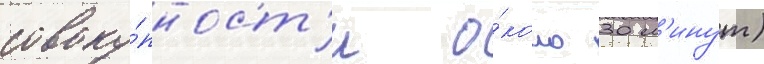
совоку́пност'и о́коло 30 м'инут)